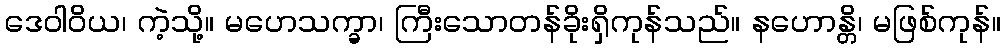
ဒေဝါဝိယ၊ ကဲ့သို့။ မဟေသက္ခာ၊ ကြီးသောတန်ခိုးရှိကုန်သည်။ နဟောန္တိ၊ မဖြစ်ကုန်။